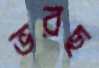
ভরছ